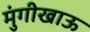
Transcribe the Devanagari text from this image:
मुंगीखाऊ